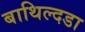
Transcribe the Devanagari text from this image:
बाथिल्दडा